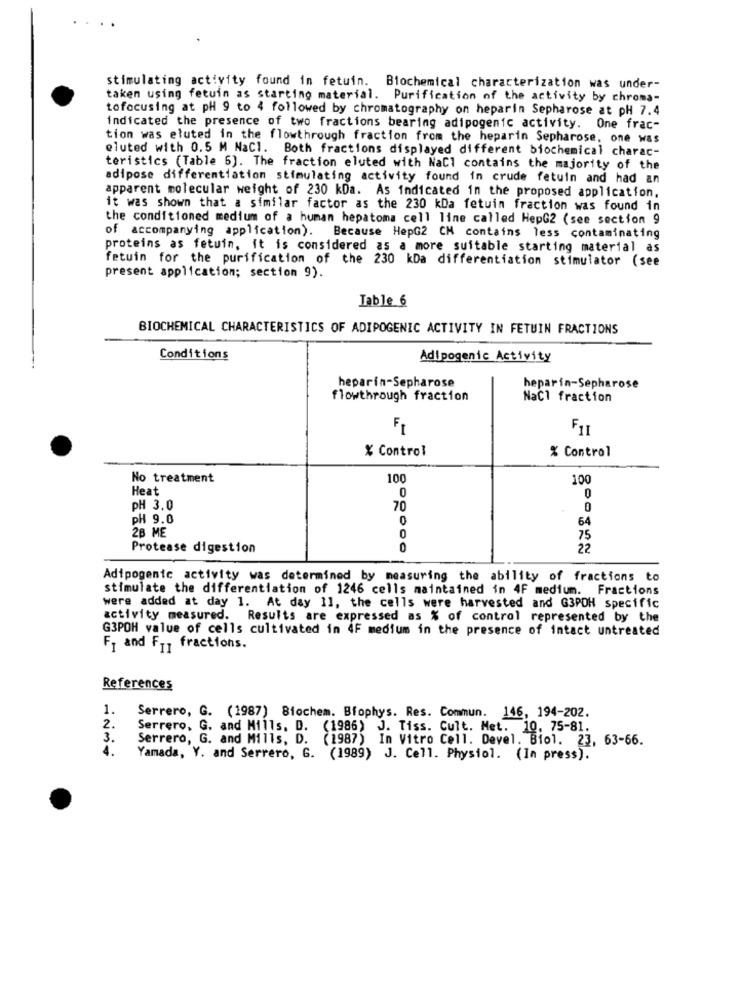
stimulating activity found in fetuin. Biochemical characterization was under-
taken using fetuin as starting material. Purification of the activity by chroma-
tofocusing at pH 9 to 4 followed by chromatography on heparin Sepharose at pH 7.4
indicated the presence of two fractions bearing adipogenic activity. One frac-
tion was eluted in the flowthrough fraction from the heparin Sepharose, one was
eluted with 0.5 M NaCl. Both fractions displayed different biochemical charac-
teristics (Table 6). The fraction eluted with NaCl contains the majority of the
adipose differentiation stimulating activity found in crude fetuin and had an
apparent molecular weight of 230 kDa. As indicated in the proposed application,
it was shown that a similar factor as the 230 kDa fetuin fraction was found in
the conditioned medium of a human hepatoma cell line called HepG2 (see section 9
of accompanying application). Because HepG2 CH contains less contaminating
proteins as fetuin, it is considered as a more suitable starting material as
fetuin for the purification of the 230 kDa differentiation stimulator (see
present application; section 9).
Table 6
BIOCHEMICAL CHARACTERISTICS OF ADIPOGENIC ACTIVITY IN FETUIN FRACTIONS
Conditions
Adipogenic Activity
heparin-Sepharose
heparin-Sepharose
flowthrough fraction
NaCl fraction
F11
% Control
% Control
No treatment
100
100
Heat
0
0
PH 3.0
70
0
pH 9.0
0
64
2B ME
0
75
Protease digestion
22
Adipogenic activity was determined by measuring the ability of fractions to
stimulate the differentiation of 1246 cells maintained in 4F medium. Fractions
were added at day 1. At day 11, the cells were harvested and G3PDH specific
activity measured. Results are expressed as % of control represented by the
G3POH value of cells cultivated in 4F medium in the presence of intact untreated
F1 and F11 fractions.
References
1.
Serrero, G. (1987) Biochem. Biophys. Res. Commun. 146, 194-202.
2.
Serrero, G. and Mills. D. (1986) J. Tiss. Cult. Met. 10, 75-81.
3.
Serrero, G. and Mills, D. (1987) In Vitro Cell. Devel. Biol. 23, 63-66.
4.
Yamada, Y. and Serrero, G. (1989) J. Cell. Physiol. (In press).